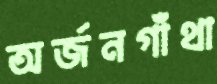
অর্জনগাঁথা